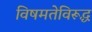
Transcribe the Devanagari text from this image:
विषमतेविरूद्ध